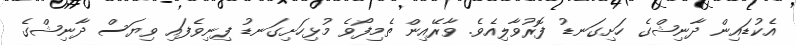
އެކުޑައިން ދާނިޝްގެ ހަށިގަނޑު ފޮރުވާލިއެވެ. ވާރޭއިން ތެމިފޯވެ މުޅިހަށިގަނޑު ފިނިވެފައި ވިޔަސް ދާނިޝްގެ